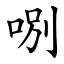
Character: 哵